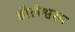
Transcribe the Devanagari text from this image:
डौलेश्वरम